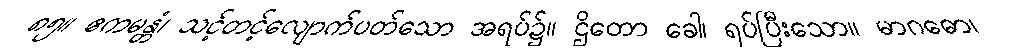
၈၅။ ဧကမန္တံ၊ သင့်တင့်လျောက်ပတ်သော အရပ်၌။ ဌိတော ခေါ၊ ရပ်ပြီးသော။ မာဂဓော၊